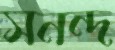
সনন্দ